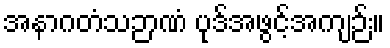
အနာဂတံသဉာဏံ ပုဒ်အဖွင့်အကျဉ်း။